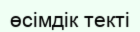
өсімдік текті